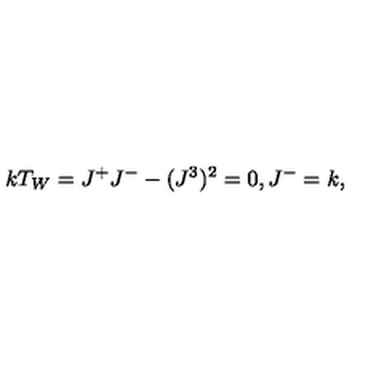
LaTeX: k T _ { W } = J ^ { + } J ^ { - } - ( J ^ { 3 } ) ^ { 2 } = 0 , J ^ { - } = k ,